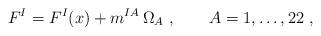
LaTeX: \begin{align*} F^I = F^I(x) + m^{IA}\, \Omega_A\ ,\qquad A=1,\ldots,22\ ,\end{align*}